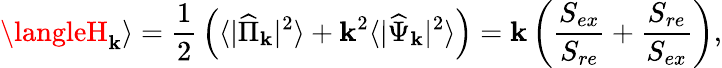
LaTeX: \langleH_{\mathbf{k}}\rangle={\frac{{1}}{{2}}}\left(\langle|{\widehat{\Pi}}_{\mathbf{k}}|^{2}\rangle+\mathbf{k}^{2}\langle|{\widehat{\Psi}}_{\mathbf{k}}|^{2}\rangle\right)=\mathbf{k}\left({\frac{{S_{ex}}}{{S_{re}}}}+{\frac{{S_{re}}}{{S_{ex}}}}\right),